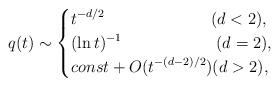
LaTeX: \begin{align*}q(t) \sim \begin{cases} \displaystyle t^{-d/2} \hskip 27mm (d<2), \cr \displaystyle (\ln t)^{-1} \hskip 24mm (d=2),\cr \displaystyle const + O(t^{-(d-2)/2}) (d>2), \end{cases}\end{align*}